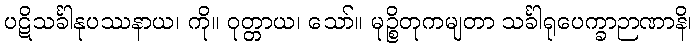
ပဋိသင်္ခါနုပဿနာယ၊ ကို။ ဝုတ္တာယ၊ သော်။ မုဉ္စိတုကမျတာ သင်္ခါရုပေက္ခာဉာဏာနိ၊